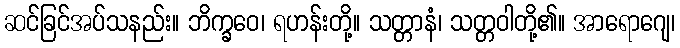
ဆင်ခြင်အပ်သနည်း။ ဘိက္ခဝေ၊ ရဟန်းတို့။ သတ္တာနံ၊ သတ္တဝါတို့၏။ အာရောဂျေ၊